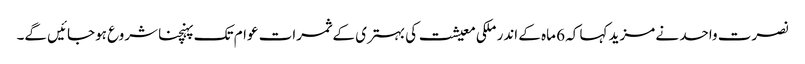
نصرت واحد نے مزید کہا کہ 6 ماہ کے اندر ملکی معیشت کی بہتری کے ثمرات عوام تک پہنچنا شروع ہوجائیں گے۔